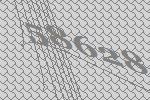
58628